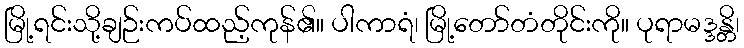
မြို့ရင်းသို့ချဉ်းကပ်ထည့်ကုန်၏။ ပါကာရံ၊ မြို့တော်တံတိုင်းကို။ ပုရာမဒ္ဒန္တိ၊